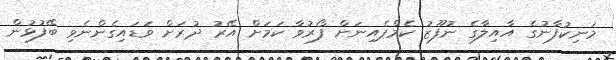
މަނިކުފާނުގެ އާއިލާގެ ނުފޫޒު ކެމްޕެއިނަށް ފޯރުވާ ކަމަށް އޭރު ދުރަށް ވަޑައިގެންނެވި ބޭފުޅުން